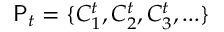
\mathsf { P } _ { t } = \{ C _ { 1 } ^ { t } , C _ { 2 } ^ { t } , C _ { 3 } ^ { t } , . . . \}